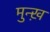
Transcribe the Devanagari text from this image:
मुन्ख़